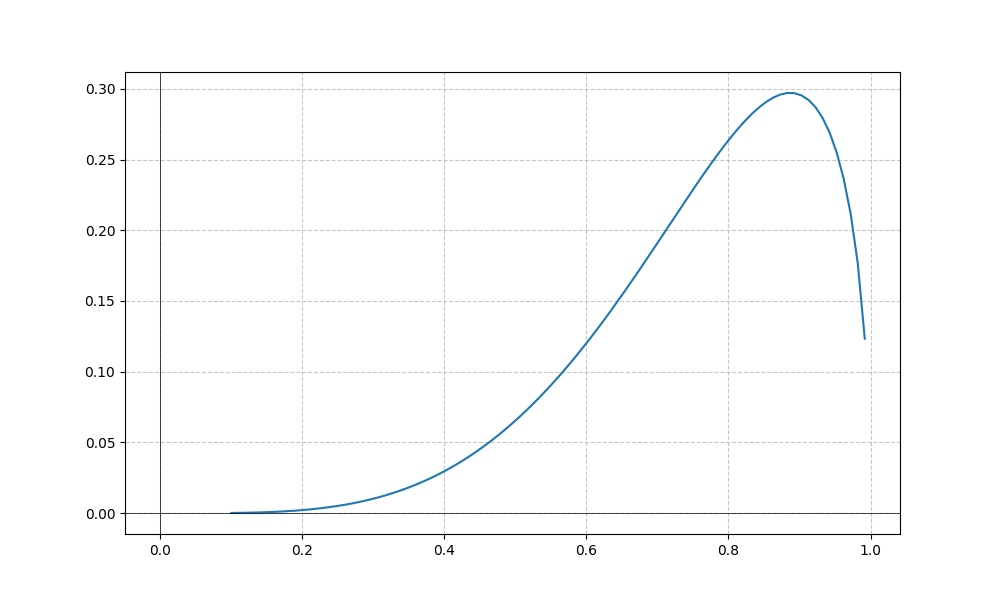
LaTeX formula: x^{4} \operatorname{acos}{\left(x \right)}